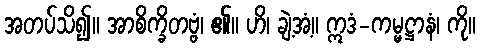
အတပ်သိ၍။ အာစိက္ခိတဗ္ဗံ၊ ၏။ ဟိ၊ ချဲ့အံ့။ ဣဒံ-ကမ္မဋ္ဌာနံ၊ ကို။